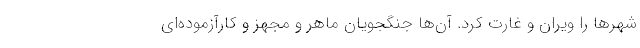
شهرها را ویران و غارت کرد. آن‌ها جنگجویان ماهر و مجهز و کارآزموده‌ای